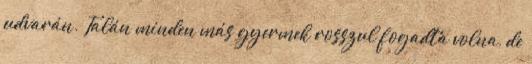
udvarán. Talán minden más gyermek rosszul fogadta volna, de